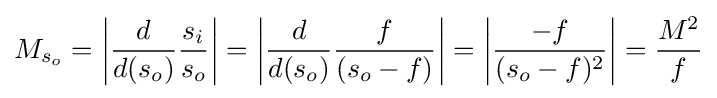
{M_{s_{o}}=\left|{d \over d(s_{o})}{s_{i} \over s_{o}}\right|=\left|{d \over d(s_{o})}{f \over (s_{o}-f)}\right|=\left|{-f \over (s_{o}-f)^{2}}\right|={M^{2} \over f}}